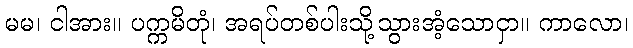
မမ၊ ငါအား။ ပက္ကမိတုံ၊ အရပ်တစ်ပါးသို့သွားအံ့သောငှာ။ ကာလော၊